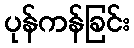
ပုန်ကန်ခြင်း